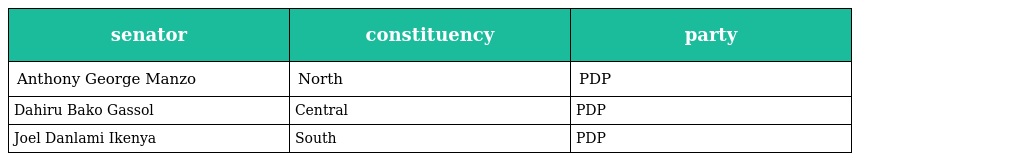
| senator | constituency | party |
 | --- | --- | --- |
 | Anthony George Manzo | North | PDP |
 | Dahiru Bako Gassol | Central | PDP |
 | Joel Danlami Ikenya | South | PDP |